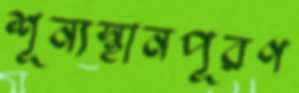
শূন্যস্থানপূরণ